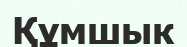
Құмшык